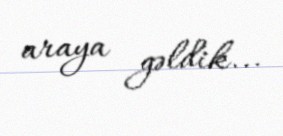
araya gəldik...